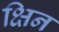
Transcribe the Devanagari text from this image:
क्षिन